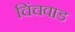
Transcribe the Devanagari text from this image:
चिंचवाड